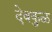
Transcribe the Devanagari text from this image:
देवकुळ